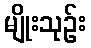
မျိုးသုဉ်း